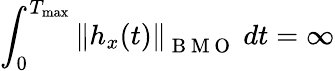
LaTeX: \int_{0}^{T_{\operatorname*{max}}}\left\| h_{x}(t)\right\| _{\mathrm{~B~M~O~}}\ dt=\infty